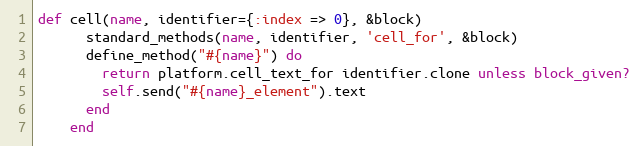
Language: Ruby
def cell(name, identifier={:index => 0}, &block)
      standard_methods(name, identifier, 'cell_for', &block)
      define_method("#{name}") do
        return platform.cell_text_for identifier.clone unless block_given?
        self.send("#{name}_element").text
      end
    end